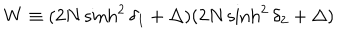
W \equiv ( 2 N \sinh ^ { 2 } \delta _ { 1 } + \Delta ) ( 2 N \sinh ^ { 2 } \delta _ { 2 } + \Delta )